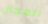
المجال